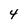
Character: 4